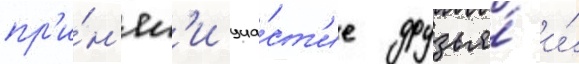
пр'и́н'ял'и уча́ст'ие друзья́ и́